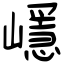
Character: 嶾